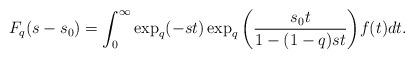
LaTeX: \begin{align*} F_{q}(s-s_{0}) = \int_{0}^{\infty} \exp_{q}(-st) \exp_{q} \bigg( \frac{s_{0} t}{1-(1-q)st} \bigg) f(t) dt. \end{align*}